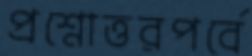
প্রশ্নোত্তরপর্বে